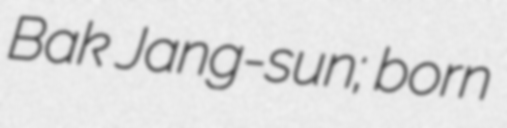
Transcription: Bak Jang-sun; born